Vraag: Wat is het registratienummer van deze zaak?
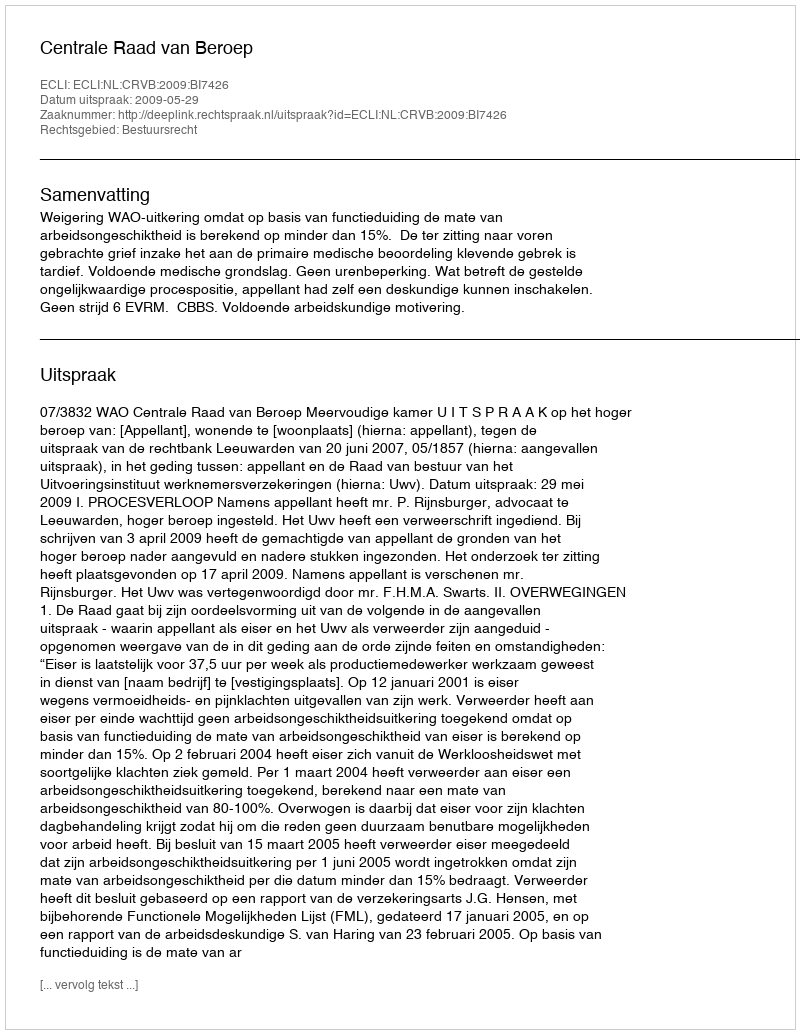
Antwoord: http://deeplink.rechtspraak.nl/uitspraak?id=ECLI:NL:CRVB:2009:BI7426